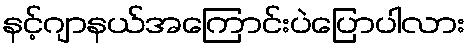
နင့်ဂျာနယ်အကြောင်းပဲပြောပါလား